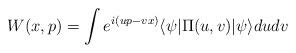
LaTeX: \begin{align*}W(x,p) = \int e^{i(up-vx)}\langle\psi|\Pi(u,v)|\psi\rangle dudv\end{align*}